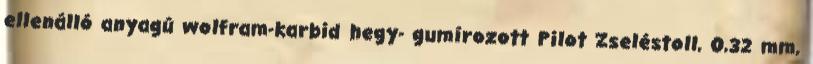
ellenálló anyagú wolfram-karbid hegy- gumírozott Pilot Zseléstoll, 0,32 mm,